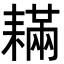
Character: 𦔚